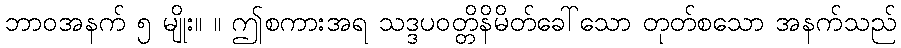
ဘာဝအနက် ၅ မျိုး။ ။ ဤစကားအရ သဒ္ဒပဝတ္တိနိမိတ်ခေါ်သော တုတ်စသော အနက်သည်